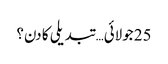
25 جولائی… تبدیلی کا دن؟